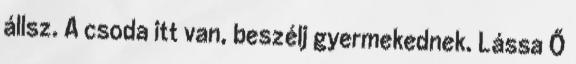
állsz. A csoda itt van, beszélj gyermekednek. Lássa Ő